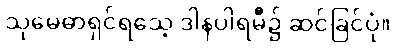
သုမေဓာရှင်ရသေ့ ဒါနပါရမီ၌ ဆင်ခြင်ပုံ။